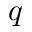
q